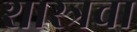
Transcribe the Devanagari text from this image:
शास्त्रचा